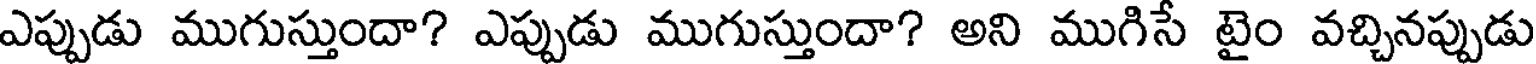
ఎప్పుడు ముగుస్తుందా? ఎప్పుడు ముగుస్తుందా? అని ముగిసే టైం వచ్చినప్పుడు